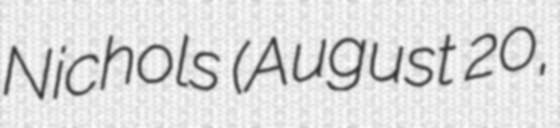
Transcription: Nichols (August 20,